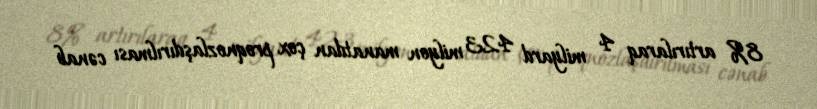
8% artırılaraq 4 milyard 423 milyon manatdan çox proqnozlaşdırılması cənab